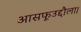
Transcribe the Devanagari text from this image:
आसफूउद्दौला।